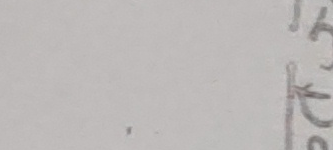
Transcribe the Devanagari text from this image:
एक डटे